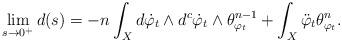
LaTeX: \begin{align*}\lim_{s\to 0^+}d(s)=-n\int_X d\dot{\varphi}_{t}\wedge d^c \dot{\varphi}_{t} \wedge \theta_{\varphi_t}^{n-1} + \int_X \ddot{\varphi}_{t}\theta_{\varphi_t}^n. \end{align*}